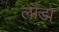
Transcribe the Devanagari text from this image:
लॉडा